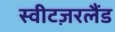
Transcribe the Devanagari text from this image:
स्वीटज़रलैंड